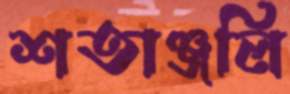
শতাঞ্জলি